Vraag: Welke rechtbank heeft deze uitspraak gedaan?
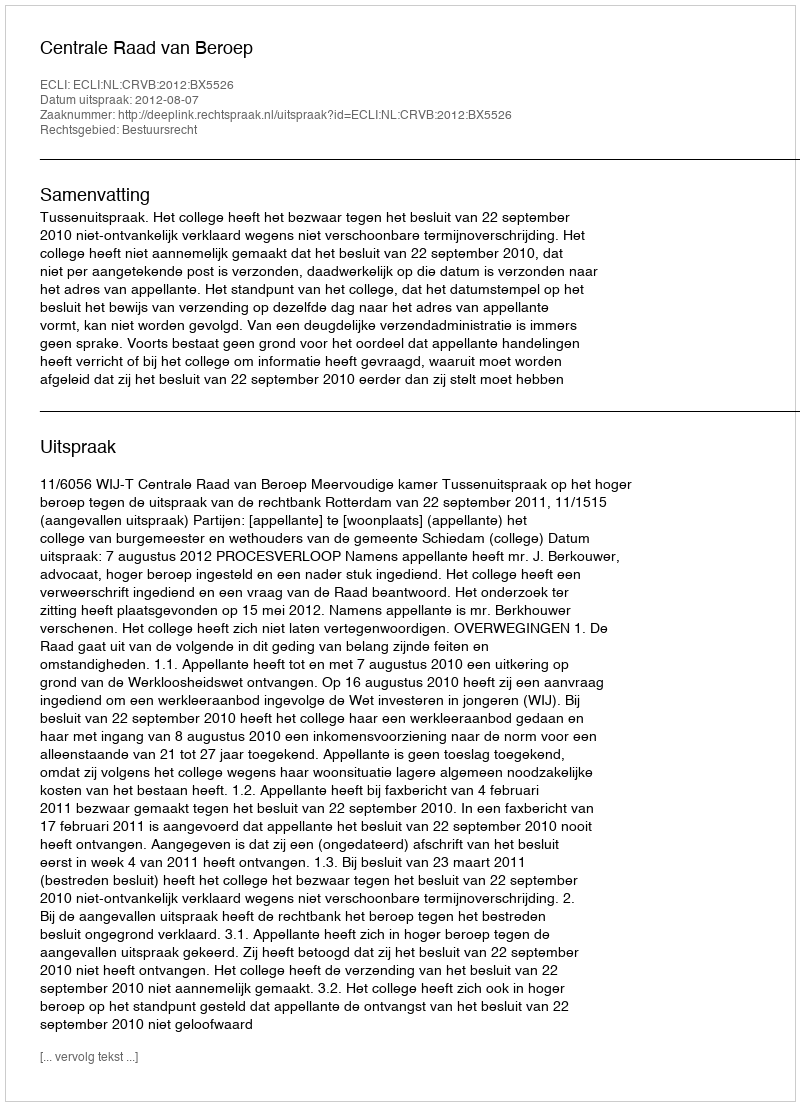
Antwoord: Centrale Raad van Beroep